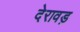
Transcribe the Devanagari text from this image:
देरावड़